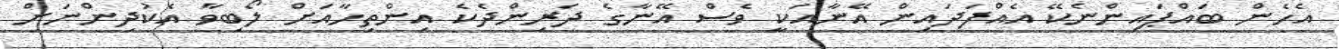
އެހެން ބައްޕައިންނެކޭ އެއްފަދައިން އޭނާއަކީ ވެސް އޭނާގެ ދަރިންދެކެ އިންތިހާއަށް ލޯބިވާ އެކުދިންނަށް